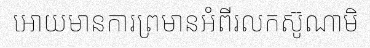
អោយមានការព្រមានអំពីរលកស៊ូណាមិ